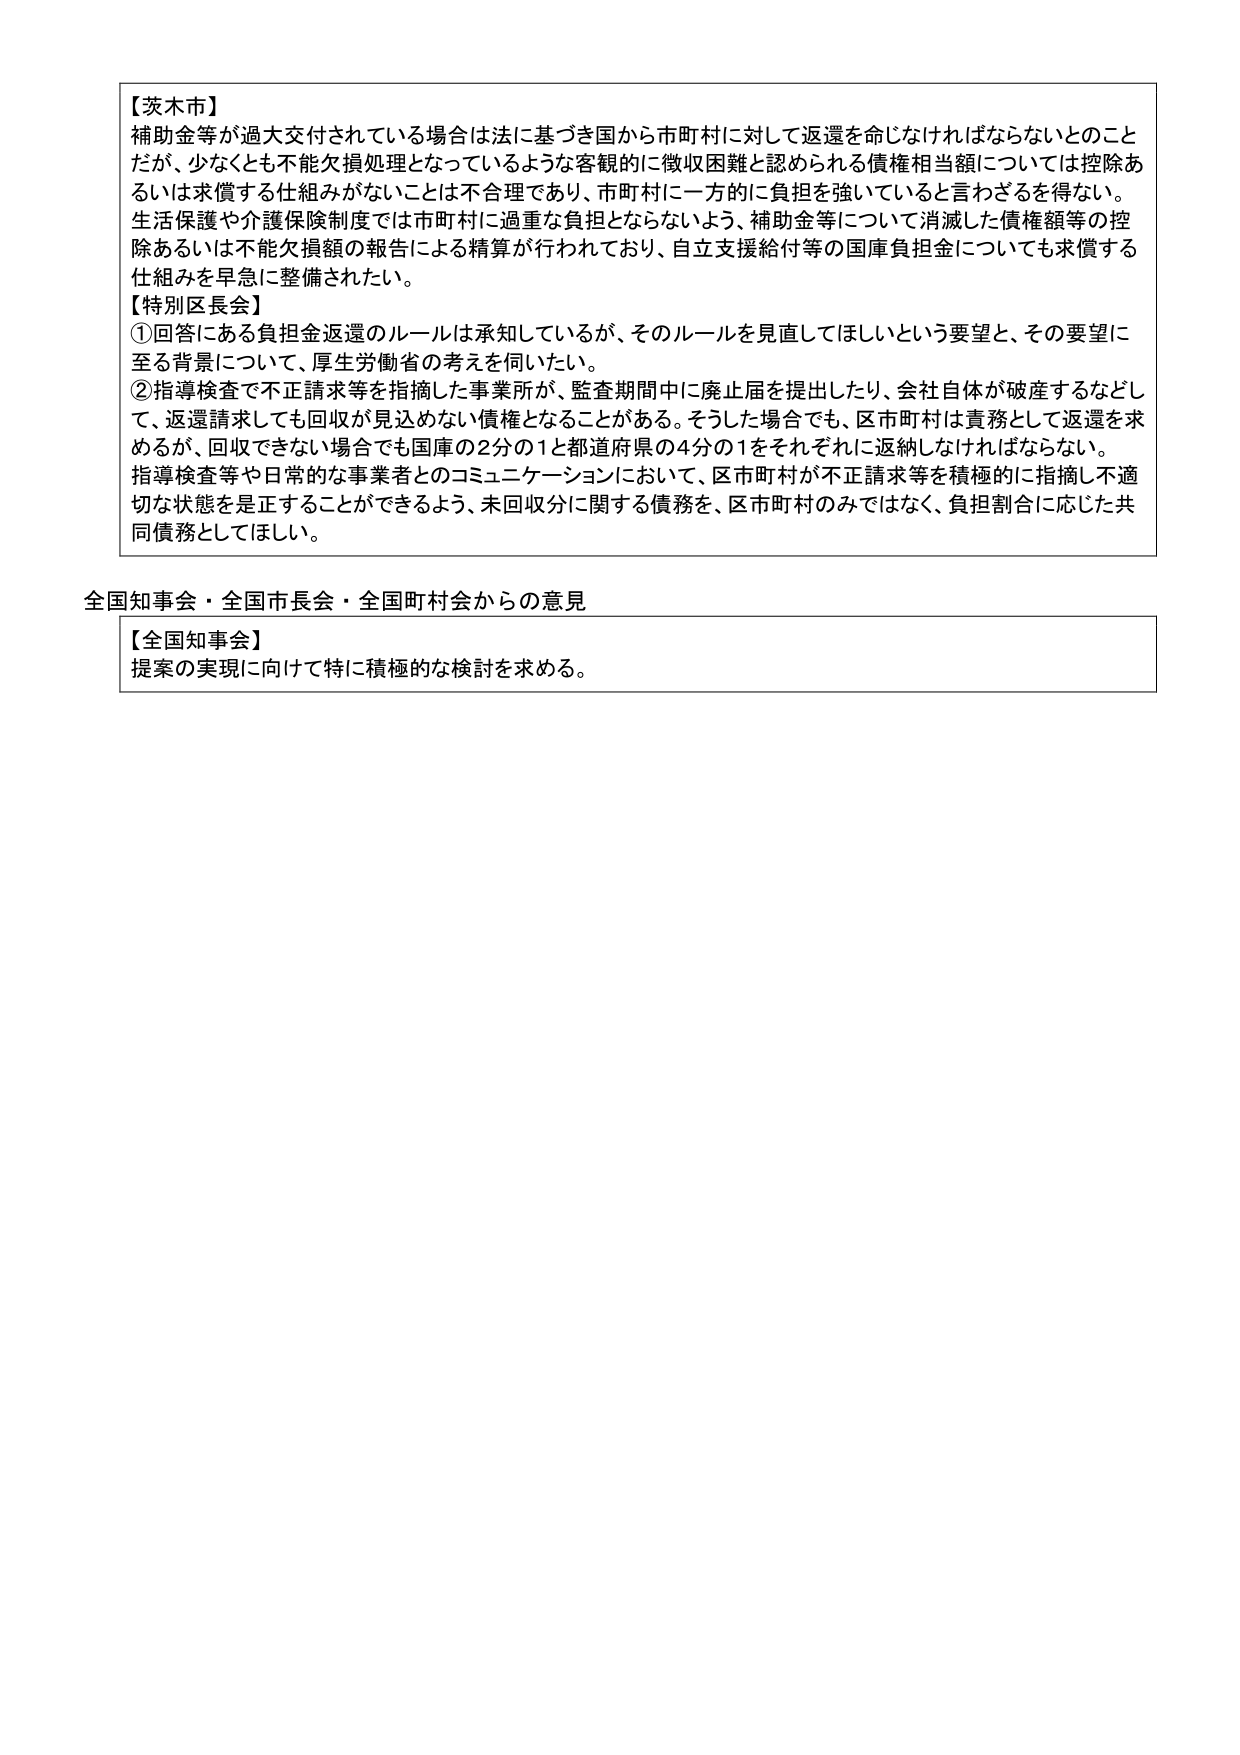
【茨木市】
補助金等が過大交付されている場合は法に基づき国から市町村に対して返還を命じなければならないとのこと
だが、少なくとも不能欠損処理となっているような客観的に徴収困難と認められる債権相当額については控除あ
るいは求償する仕組みがないことは不合理であり、市町村に一方的に負担を強いていると言わざるを得ない。
生活保護や介護保険制度では市町村に過重な負担とならないよう、補助金等について消滅した債権額等の控
除あるいは不能欠損額の報告による精算が行われており、自立支援給付等の国庫負担金についても求償する
仕組みを早急に整備されたい。

【特別区長会】
①回答にある負担金返還のルールは承知しているが、そのルールを見直してほしいという要望と、その要望に
至る背景について、厚生労働省の考えを伺いたい。
②指導検査で不正請求等を指摘した事業所が、監査期間中に廃止届を提出したり、会社自体が破産するなどし
て、返還請求しても回収が見込めない債権となることがある。そうした場合でも、区市町村は責務として返還を求
めるが、回収できない場合でも国庫の2分の1と都道府県の4分の1をそれぞれに返納しなければならない。
指導検査等や日常的な事業者とのコミュニケーションにおいて、区市町村が不正請求等を積極的に指摘し不適
切な状態を是正することができるよう、未回収分に関する債務を、区市町村のみではなく、負担割合に応じた共
同債務としてほしい。

全国知事会・全国市長会・全国町村会からの意見

【全国知事会】
提案の実現に向けて特に積極的な検討を求める。